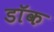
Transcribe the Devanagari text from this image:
डाॅक